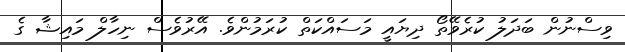
ވިސްނުން ބަދަލު ކުރެވޭތޯ ދިޔައީ މަސައްކަތް ކުރަމުންވެ. އޭރުވެސް ނިހާލް މައިޝާ ގެ